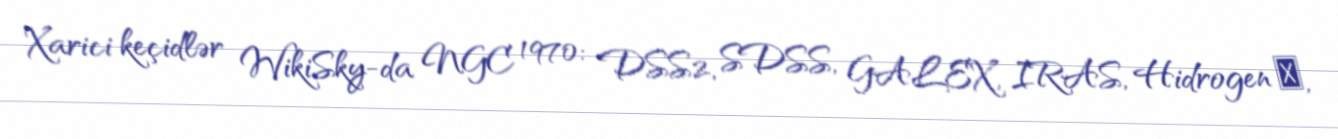
Xarici keçidlər WikiSky-da NGC 1970: DSS2, SDSS, GALEX, IRAS, Hidrogen α,